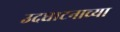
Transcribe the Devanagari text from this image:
उदघाटनाच्या